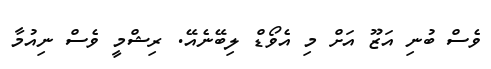
ވެސް ބުނި އަޒޫ އަށް މި އެވޯޑް ލިބޭނެއޭ. ރިޝްމީ ވެސް ނިއުމާ